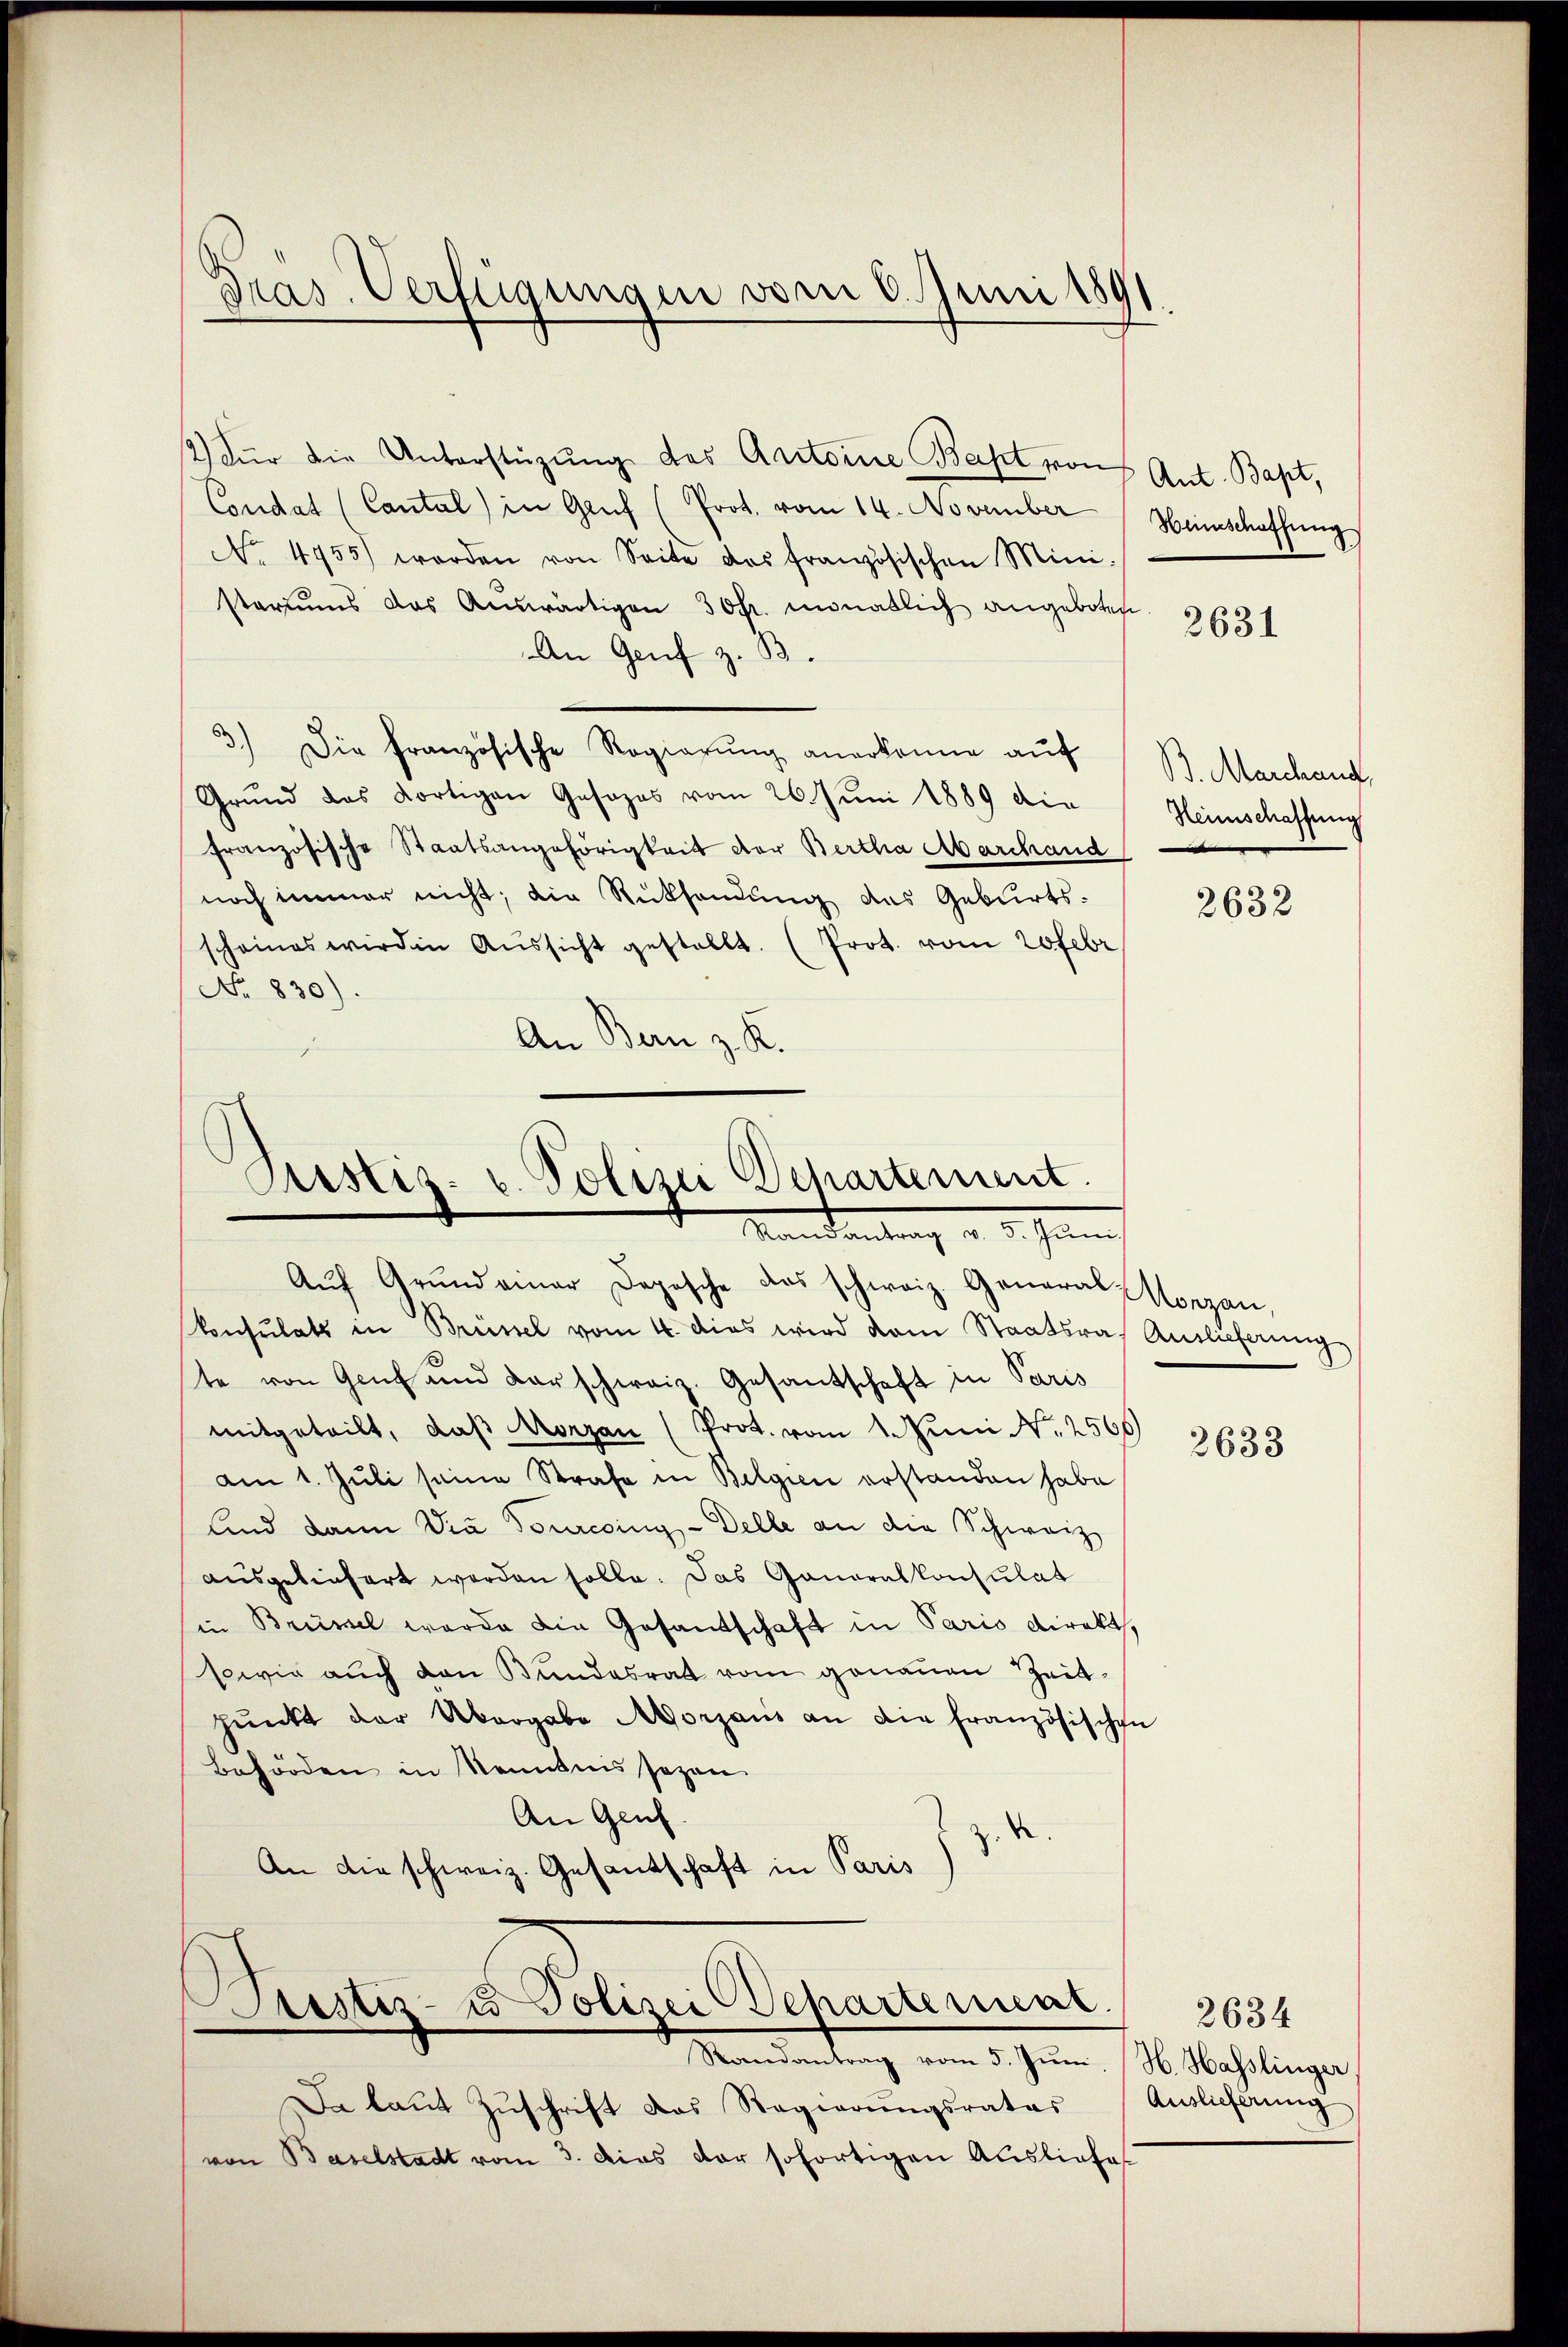
2) Für die Unterstüzung des Antoine Bast von Ant. Bapt,
Condat (Cantal in Gruf (Prot. vom 14. November
No. 4755) worden von Seite des französischen Mini-
stariums das Auswärtigen 30fr. monatlich angeboten
An Genf z. B.
3.) Die französische Regierŭng anerkenne auf
Grŭnd das dortigen Gesezes vom 26. Juni 1889 die
französische Staatsangehörigkeit der Bertha Marchand
noch immer nicht; die Rücksendung des Geburts-
scheines wird in Aŭssicht gestellt. (Prot. vom 20 Febr
No 830).
An Bern z. K.

Gras Verfügungen vom 6. Juni 1891.

Auf Grundeiner Depesche das schweiz. General-Norzan,
Consulats in Brüssel vom 4. dies wird dem Staatsrath Auslieferung
te von Genf und darschweiz. Gesantschaft in Paris
mitgeteilt, daß Morzan (Prot. vom 1. Juni N. 2566)
am 1. Juli seine Strafe in Belgien erstanden habe
sind dann Via Tourcsing - Delle an die Schweiz
ausgeliefert worden solle. Das Gantralkonsulat
in Brümel wurde die Gesandschaft in Paris Direkt,
sowie auch den Bundesrat vom genauen Zeitpŭnkt der Abergabe Morganis an die französischen
Behörden in Kenntnis sagen
An Genf.
An die schweiz. Gesantschaft in Paris)

Justiz- u. Polizei Departement
Mandantrag v. 5. Jann

iustiz- u Polizei Departement.
Randantrag vom 5. Juni,

Da laŭt Zŭschrift das Regierŭngsrates
von Baselstadt vom 3. das der sofortigen Ausliefes

Hinschaffung

2631

B. Marchand
Heimschaffung
.

2632

2633

2634
H. Hasslinger
Auslieferung